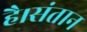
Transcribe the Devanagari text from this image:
है।संतान